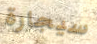
سيجارة